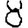
Digit: 8